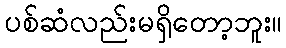
ပစ်ဆံလည်းမရှိတော့ဘူး။